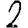
Digit: 2